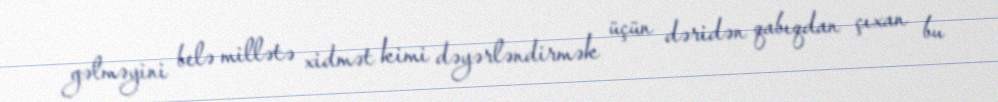
gəlməyini belə millətə xidmət kimi dəyərləndirmək üçün dəridən qabıqdan çıxan bu